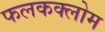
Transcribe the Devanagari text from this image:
फलकक्लोम